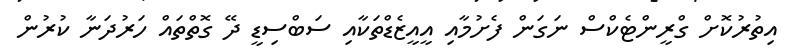
އިތުރުކޮށް ގްރީންޓެކްސް ނަގަން ފެށުމާއި އީއީޒެޑްތަކާއި ސަބްސިޑީ ދޭ ގޮތްތައް ހަރުދަނާ ކުރުން